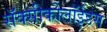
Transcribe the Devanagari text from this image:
सॅक्सीकोलॉईडस